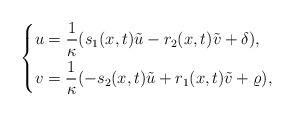
LaTeX: \begin{align*}\left\{\begin{aligned}&u=\frac{1}{\kappa}(s_1(x,t)\tilde{u}-r_2(x,t)\tilde{v}+\delta),\\&v=\frac{1}{\kappa}(-s_2(x,t)\tilde{u}+r_1(x,t)\tilde{v}+\varrho),\end{aligned}\right.\end{align*}